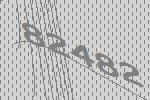
82482